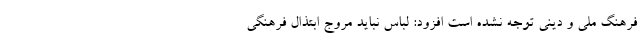
فرهنگ ملی و دینی توجه نشده است افزود: لباس نباید مروج ابتذال فرهنگی